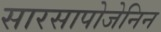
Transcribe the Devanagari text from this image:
सारसापोजेनिन